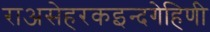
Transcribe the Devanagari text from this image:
राअसेहरकइन्दगेहिणी